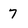
Character: 7